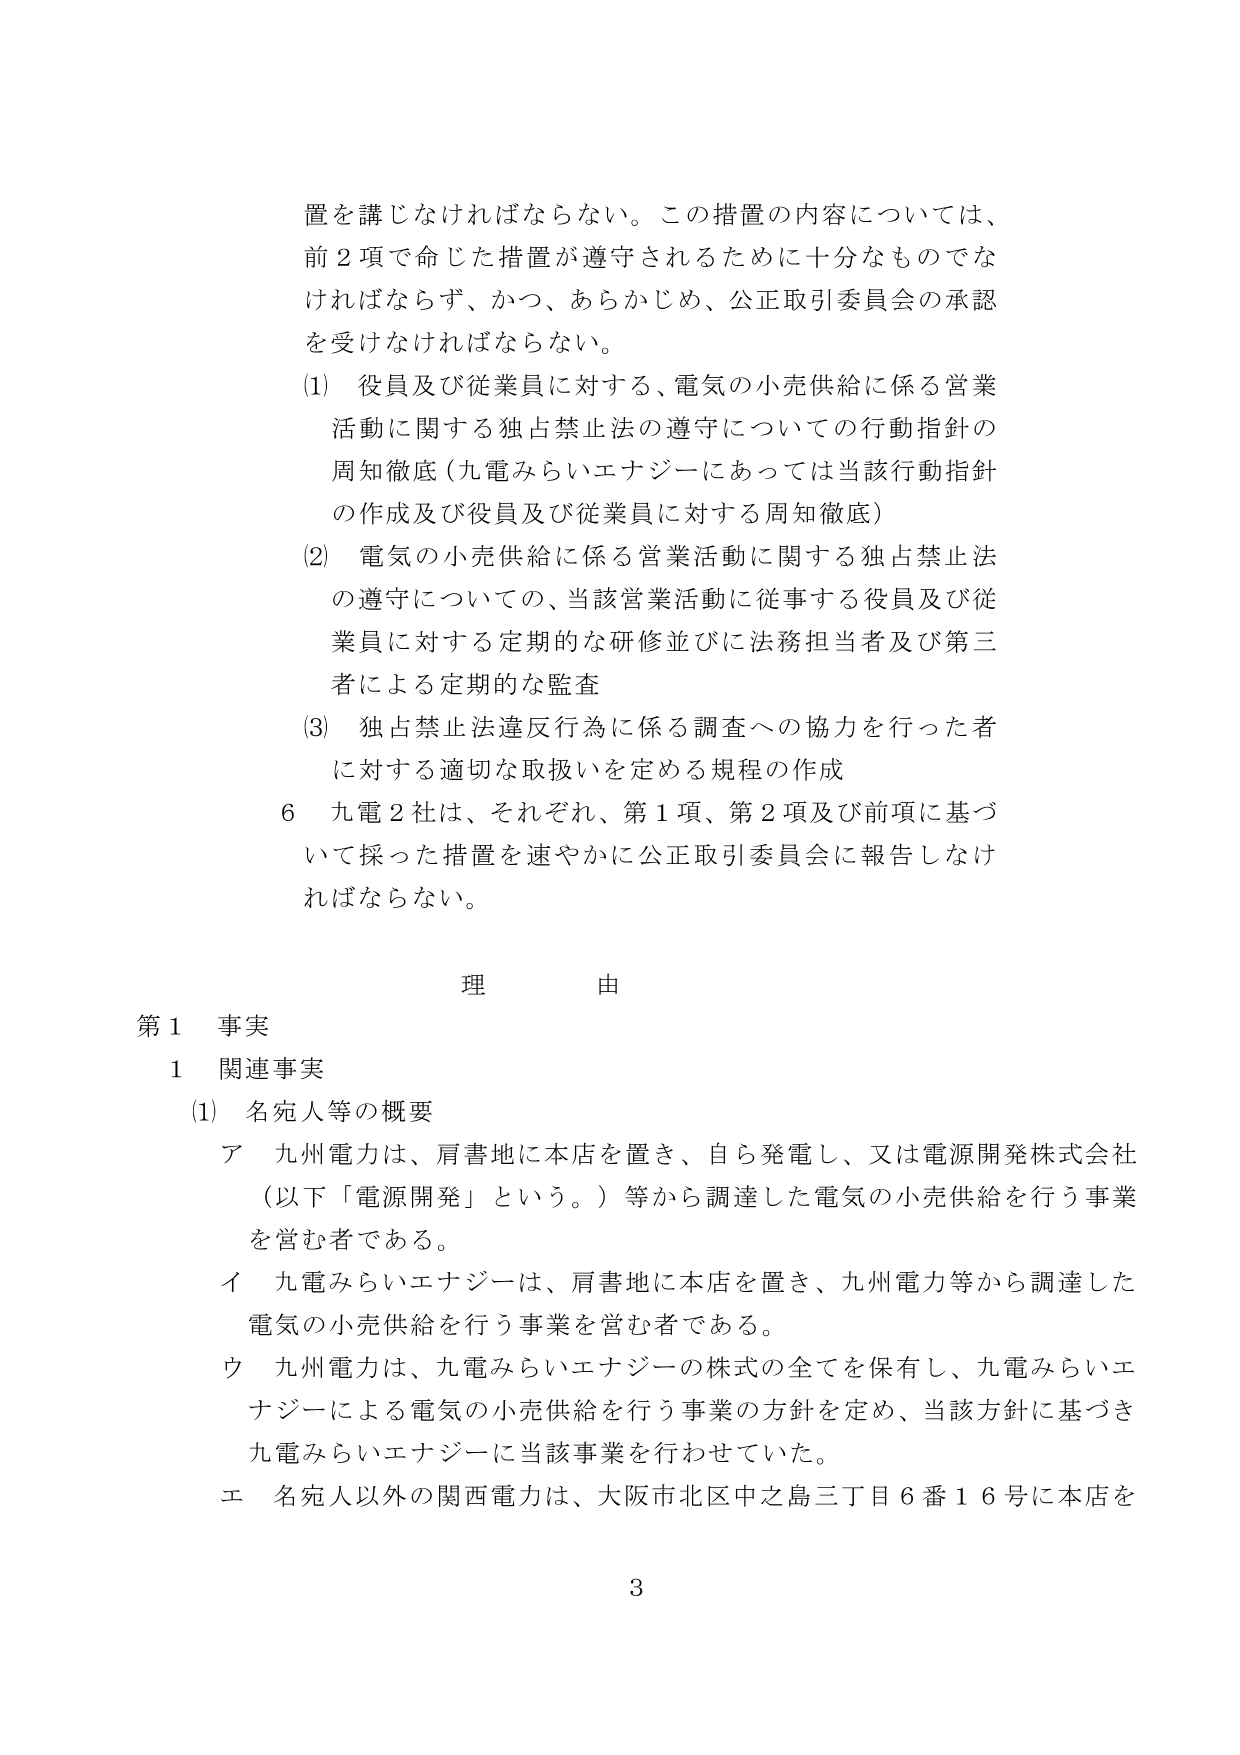
置を講じなければならない。この措置の内容については、
前２項で命じた措置が遵守されるために十分なものでな
ければならず、かつ、あらかじめ、公正取引委員会の承認
を受けなければならない。
(1) 役員及び従業員に対する、電気の小売供給に係る営業
活動に関する独占禁止法の遵守についての行動指針の
周知徹底（九電みらいエナジーにあっては当該行動指針
の作成及び役員及び従業員に対する周知徹底）
(2) 電気の小売供給に係る営業活動に関する独占禁止法
の遵守についての、当該営業活動に従事する役員及び従
業員に対する定期的な研修並びに法務担当者及び第三
者による定期的な監査
(3) 独占禁止法違反行為に係る調査への協力を行った者
に対する適切な取扱いを定める規程の作成
６ 九電２社は、それぞれ、第１項、第２項及び前項に基づ
いて採った措置を速やかに公正取引委員会に報告しなけ
ればならない。

理 由
第１ 事実
１ 関連事実
(1) 名宛人等の概要
ア 九州電力は、肩書地に本店を置き、自ら発電し、又は電源開発株式会社
（以下「電源開発」という。）等から調達した電気の小売供給を行う事業
を営む者である。
イ 九電みらいエナジーは、肩書地に本店を置き、九州電力等から調達した
電気の小売供給を行う事業を営む者である。
ウ 九州電力は、九電みらいエナジーの株式の全てを保有し、九電みらいエ
ナジーによる電気の小売供給を行う事業の方針を定め、当該方針に基づき
九電みらいエナジーに当該事業を行わせていた。
エ 名宛人以外の関西電力は、大阪市北区中之島三丁目６番１６号に本店を

3